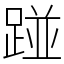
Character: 踫